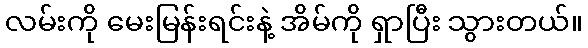
လမ်းကို မေးမြန်းရင်းနဲ့ အိမ်ကို ရှာပြီး သွားတယ်။